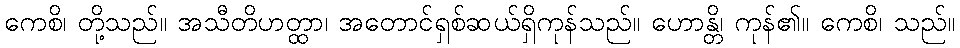
ကေစိ၊ တို့သည်။ အသီတိဟတ္ထာ၊ အတောင်ရှစ်ဆယ်ရှိကုန်သည်။ ဟောန္တိ၊ ကုန်၏။ ကေစိ၊ သည်။